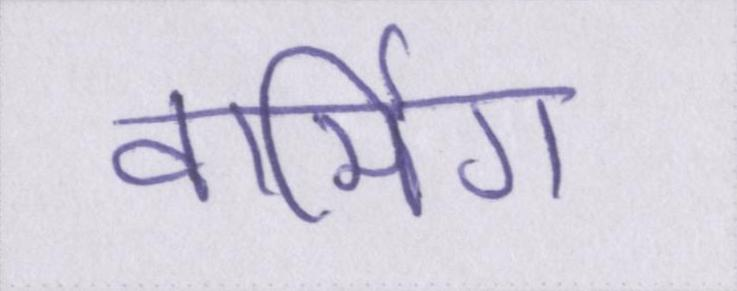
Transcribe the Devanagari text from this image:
वार्मिग